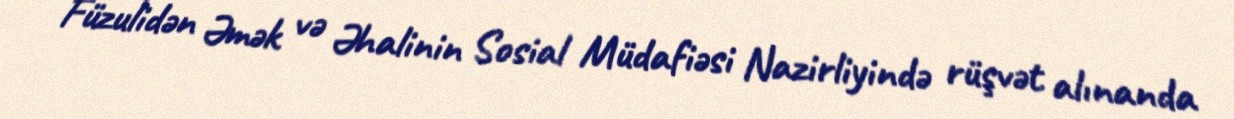
Füzulidən Əmək və Əhalinin Sosial Müdafiəsi Nazirliyində rüşvət alınanda